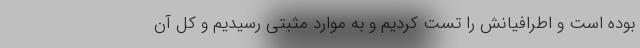
بوده است و اطرافیانش را تست کردیم و به موارد مثبتی رسیدیم و کل آن